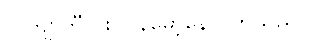
လက်ျာဘီလူး ပြန်မော့နေလိုက်သည်။